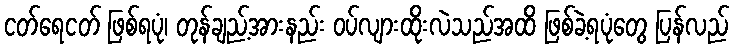
ငတ်ရေငတ် ဖြစ်ရပုံ၊ တုန်ချည့်အားနည်း ဝပ်လျားထိုးလဲသည်အထိ ဖြစ်ခဲ့ရပုံတွေ ပြန်လည်